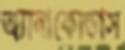
অ্যানাকোন্ডাস